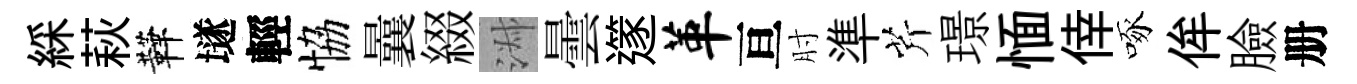
綵萩鞾𡑞輕恊曩綴淑曇𨗹革亘肘準芹璟愐倖啄侔臉册